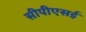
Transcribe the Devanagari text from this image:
सीपीएसई